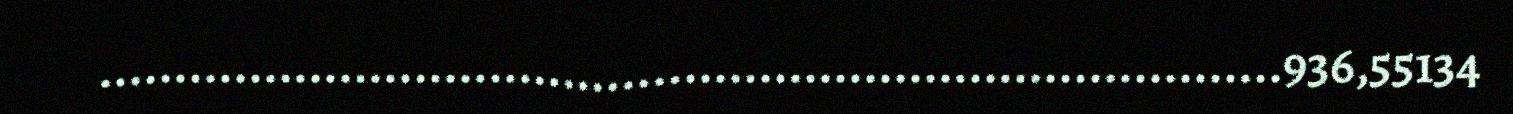
...............................................................................936,55134